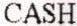
CASH